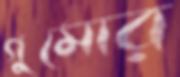
গুমোর